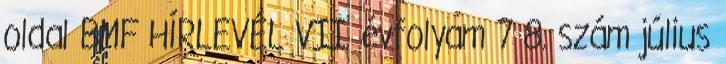
oldal BMF HÍRLEVÉL VII. évfolyam 7 8. szám július